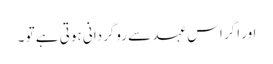
اور اگر اس عہد سے روگردانی ہوتی ہے تو ۔